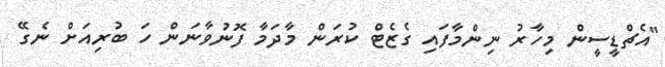
"އެޗްޑީސީން މިހާރު ނިންމާފައި ގެޒެޓް ކުރަން މާދަމާ ފޮނުވާނަން ހަ ބުރިއަށް ނެގޭ